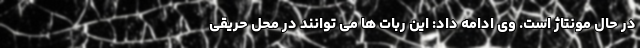
در حال مونتاژ است. وی ادامه داد: این ربات ها می توانند در محل حریقی